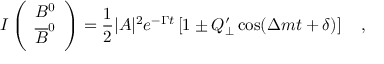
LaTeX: I \left( \begin{array} { c } { { B ^ { 0 } } } \\ { { \overline { { { B } } } ^ { 0 } } } \end{array} \right) = \frac { 1 } { 2 } | A | ^ { 2 } e ^ { - \Gamma t } \left[ 1 \pm Q _ { \perp } ^ { \prime } \cos ( \Delta m t + \delta ) \right] ~ ~ ~ ,